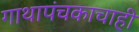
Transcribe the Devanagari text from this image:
गाथापंचकाचाही